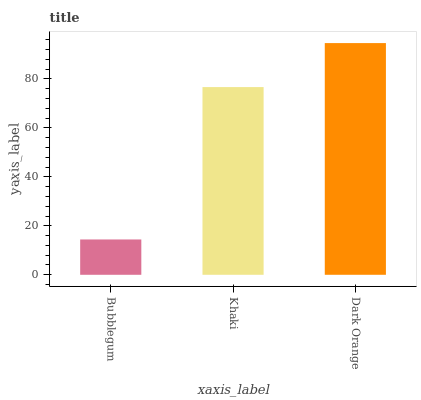
| xaxis_label | bars |
 | --- | --- |
 | Bubblegum | 14.4 |
 | Khaki | 76.6 |
 | Dark Orange | 94.6 |